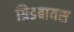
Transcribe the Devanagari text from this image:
ग्रिडबायस